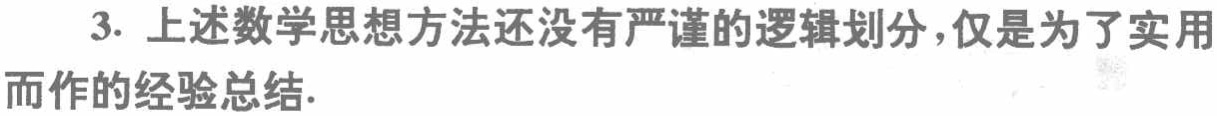
3. 上述数学思想方法还没有严谨的逻辑划分，仅是为了实用而作的经验总结.